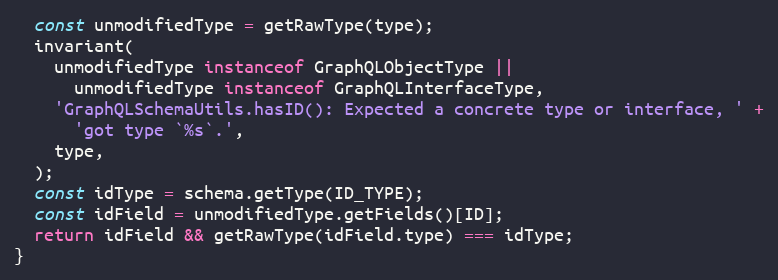
Language: JavaScript
  const unmodifiedType = getRawType(type);
  invariant(
    unmodifiedType instanceof GraphQLObjectType ||
      unmodifiedType instanceof GraphQLInterfaceType,
    'GraphQLSchemaUtils.hasID(): Expected a concrete type or interface, ' +
      'got type `%s`.',
    type,
  );
  const idType = schema.getType(ID_TYPE);
  const idField = unmodifiedType.getFields()[ID];
  return idField && getRawType(idField.type) === idType;
}